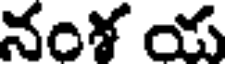
నంశ య